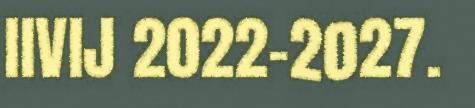
IIVIJ 2022-2027.